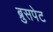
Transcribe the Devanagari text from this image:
ब्रुसपेट